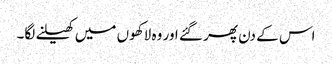
اس کے دن پھر گئے اور وہ لاکھوں میں کھیلنے لگا۔